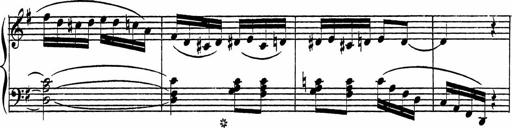
Title: Piano Sonatinas
Composer: Charles Fradel